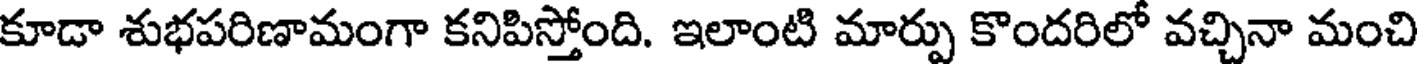
కూడా శుభపరిణామంగా కనిపిస్తోంది. ఇలాంటి మార్పు కొందరిలో వచ్చినా మంచి